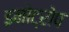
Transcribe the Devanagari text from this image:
इनोट्रोप